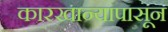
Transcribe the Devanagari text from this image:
कारखान्यापासून